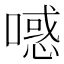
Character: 𰈪